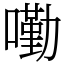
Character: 𡀣